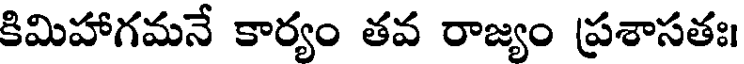
కిమిహాగమనే కార్యం తవ రాజ్యం ప్రశాసతః।